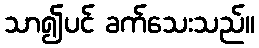
သာ၍ပင် ခက်သေးသည်။